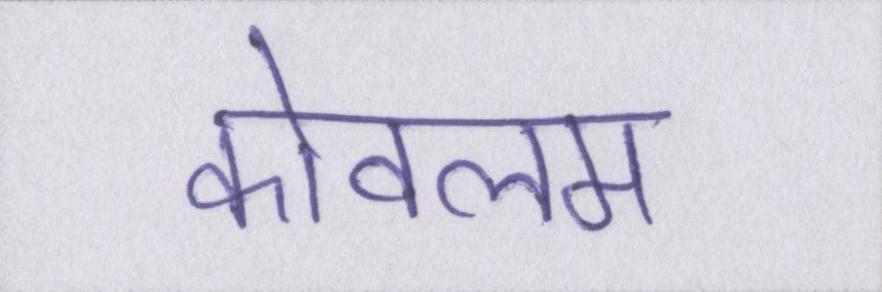
कोवलम